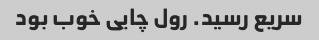
سریع رسید. رول چایی خوب بود